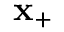
\mathbf { x _ { + } }